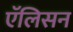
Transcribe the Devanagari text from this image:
एॅलिसन